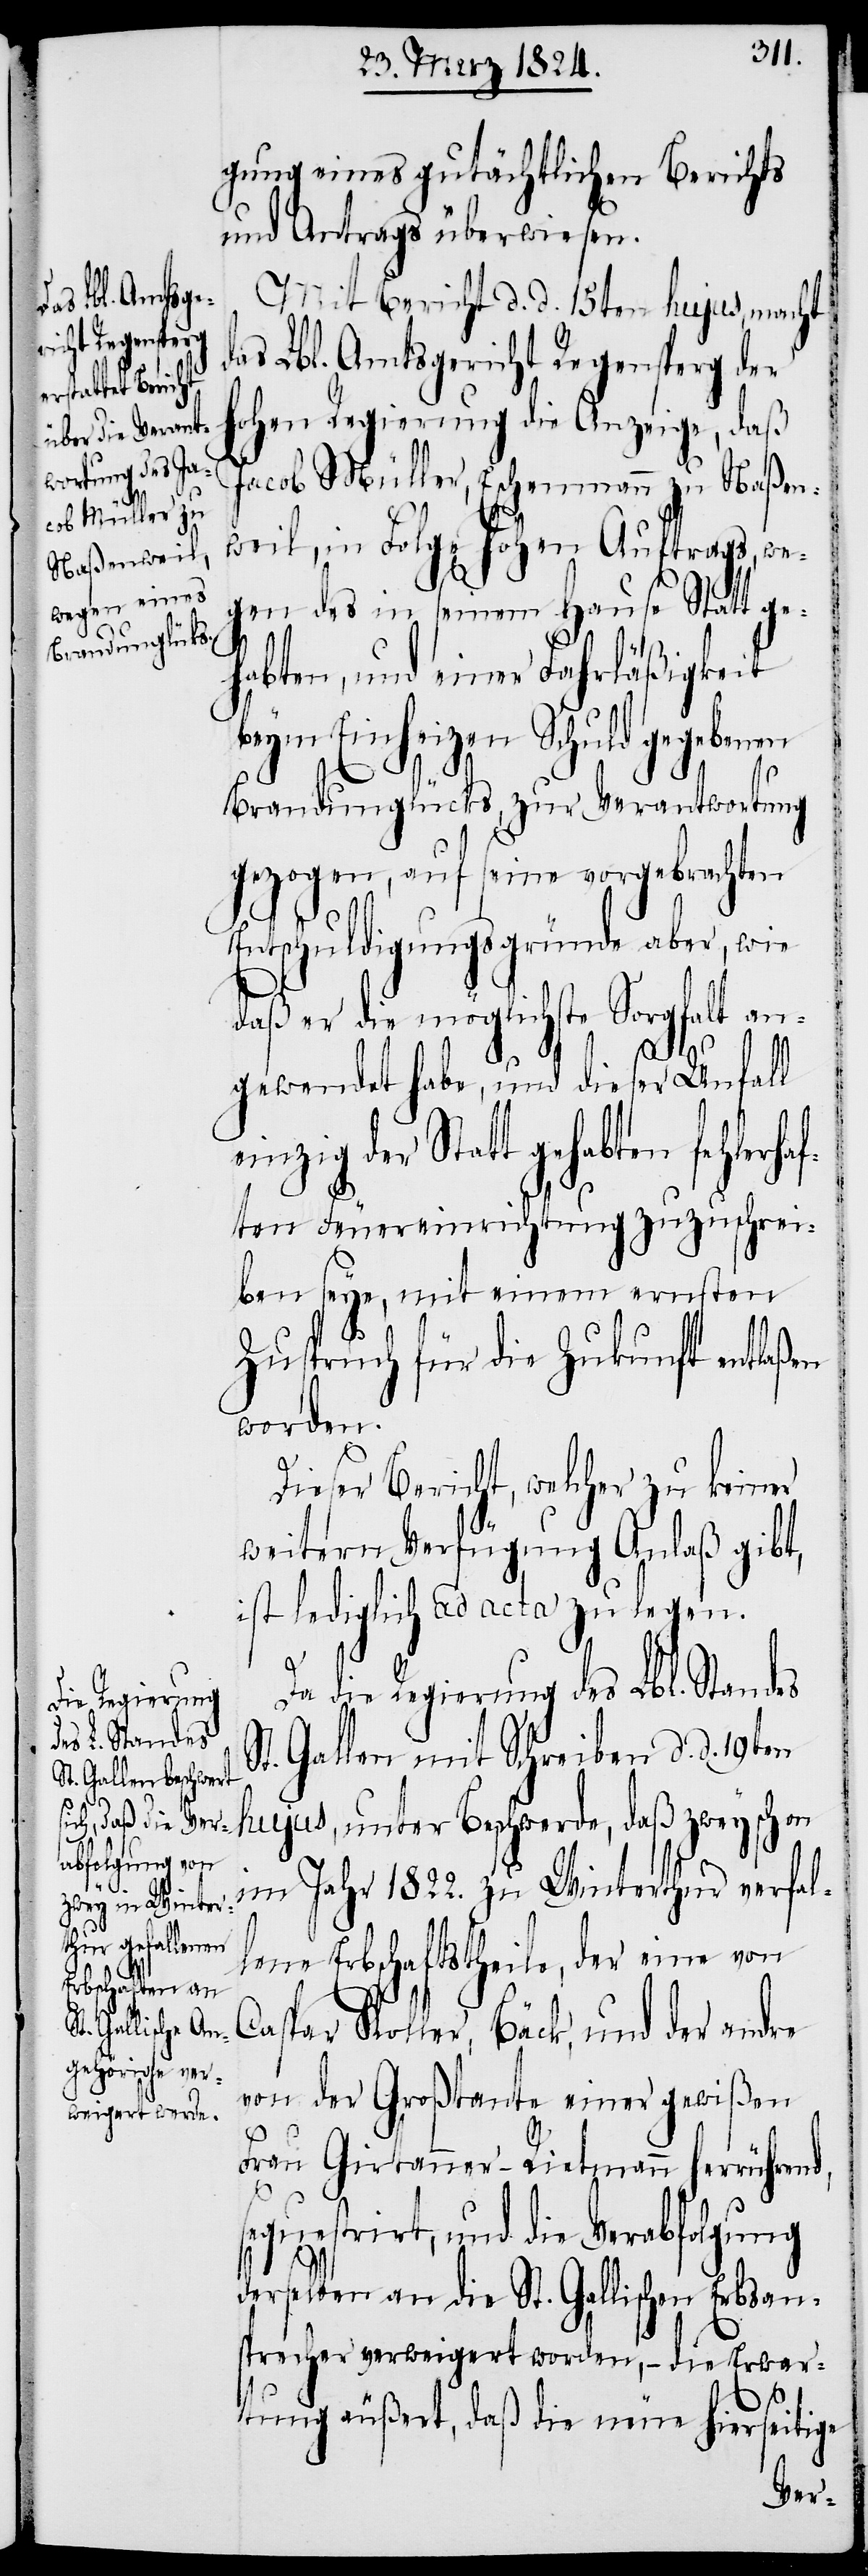
S¬

d¬
gung eines gutächtlichen Berichts
und Antrags überwiesen.
Mit Bericht d. d. 15ten hujus, macht
as Lbl. Amtsgericht Regensperg der
hohen Regierung die Anzeige, daß
Jacob Müller, Eschenmann zu Naßen¬
weil, in Folge hohen Auftrags, we¬
gen des in seinem Hause Statt ge¬
habten, und einer Fahrläßigkeit
beym Einheizen Schuld gegebenen
Brandunglücks, zur Verantwortung
gezogen, auf seine vorgebrachten
Entschuldigungsgründe aber, wie
daß er die möglichste Sorgfalt an¬
gewendet habe, und dieser Unfall
einzig der Statt gehabten fehlerhaf¬
ten Feuereinrichtung zuzuschrei¬
ben seye, mit einem ernsten
Zuspruch für die Zukunft entlaßen
worden.
Dieser Bericht, welcher zu keiner
weitern Verfügung Anlaß gibt,
ist lediglich ad acta zu legen.
Da die Regierung des Lbl. Standes
t. Gallen mit Schreiben d. d. 19ten
hujus, unter Beschwerde, daß zwey schon
im Jahr 1822. zu Winterthur verfal¬
lene Erbschaftstheile, der eine von
Caspar Koller, Bäck, und der andre
von der Großtante einer gewißen
Frau Girtanner-Rietmann herrührend,
sequestrirt, und die Verabfolgung
derselben an die St. Gallischen Erbsan¬
sprecher verweigert worden, – die Erwar¬
tung äußert, daß die neue hierseitige